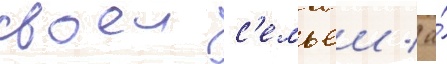
своеи с'емьеи / а́